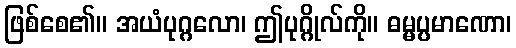
ဖြစ်စေ၏။ အယံပုဂ္ဂလော၊ ဤပုဂ္ဂိုလ်ကို။ ဓမ္မပ္ပမာဏော၊